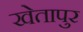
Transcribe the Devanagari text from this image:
खेतापुर